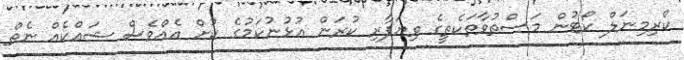
ކްރިމިނަލް ކޯޓުން މަސްތުވާތަކެތީގެ ވިޔަފާރި ކުރަން އުޅުނުކަމުގެ ކުށް އެއްވެސް ޝައްކެއް ނެތް